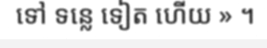
ទៅ ទន្លេ ទៀត ហើយ » ។